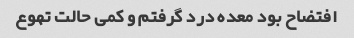
افتضاح بود معده درد گرفتم و کمی حالت تهوع